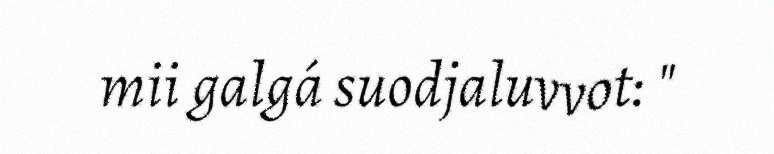
mii galgá suodjaluvvot: "